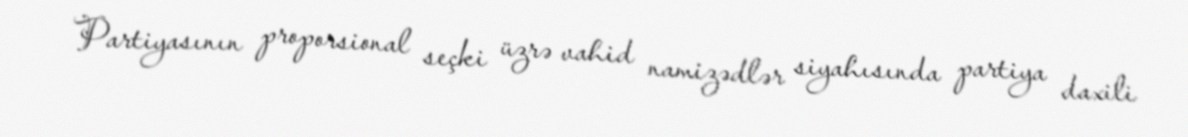
Partiyasının proporsional seçki üzrə vahid namizədlər siyahısında partiya daxili